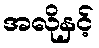
အလိုနှင့်